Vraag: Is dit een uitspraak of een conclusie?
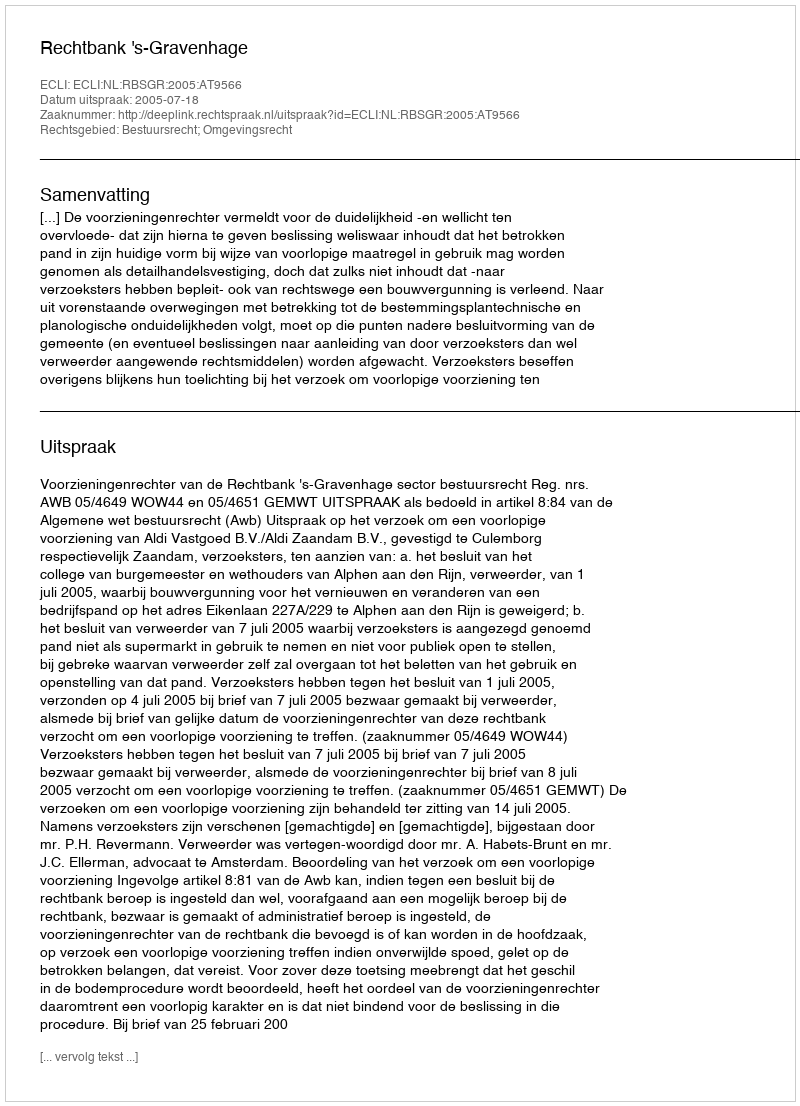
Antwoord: Uitspraak